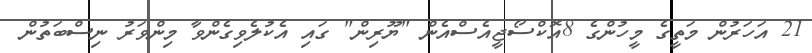
21 އަހަރުން މަތީގެ މީހުންގެ 8އޮކްސޯޖީއެސްއެން "ޔޫރިން" ގައި އެކުލެވިގެންވާ މިންވަރު ނިސްބަތުން